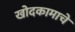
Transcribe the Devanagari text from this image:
खोदकामाचे